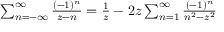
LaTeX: \begin{array} { r } { \sum _ { n = - \infty } ^ { \infty } { \frac { ( - 1 ) ^ { n } } { z - n } } = { \frac { 1 } { z } } - 2 z \sum _ { n = 1 } ^ { \infty } { \frac { ( - 1 ) ^ { n } } { n ^ { 2 } - z ^ { 2 } } } } \end{array}